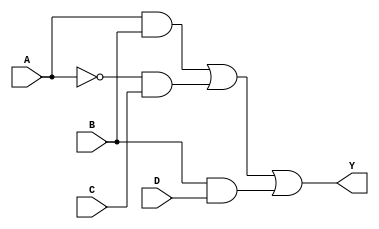
module comb_logic_block (
    input wire A,    // Input variable A
    input wire B,    // Input variable B
    input wire C,    // Input variable C
    input wire D,    // Input variable D
    output wire Y    // Output of the logic block
);

// Intermediate signals for clarity
wire AB;           // A AND B
wire not_A_C;     // NOT A AND C
wire B_D;         // B AND D

// Implement the logic based on the derived expression
assign AB = A & B;             // A AND B
assign not_A_C = ~A & C;      // NOT A AND C
assign B_D = B & D;           // B AND D

// Final output based on the sum of products
assign Y = AB | not_A_C | B_D; // Output Y

endmodule